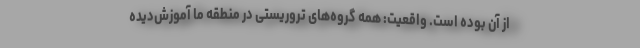
از آن بوده است. واقعیت: همه گروه‌های تروریستی در منطقه ما آموزش‌دیده